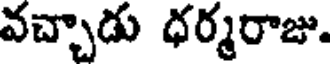
వచ్చాడు ధర్మరాజు.